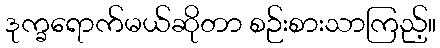
ဒုက္ခရောက်မယ်ဆိုတာ စဉ်းစားသာကြည့်။